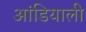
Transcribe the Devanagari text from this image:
आंडियाली